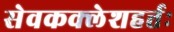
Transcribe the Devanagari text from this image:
सेवकक्लेशहर्त्तः